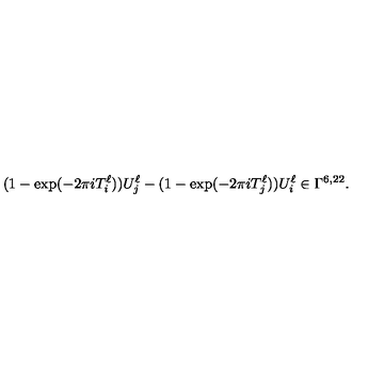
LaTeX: ( 1 - \exp ( - 2 \pi i T _ { i } ^ { \ell } ) ) U _ { j } ^ { \ell } - ( 1 - \exp ( - 2 \pi i T _ { j } ^ { \ell } ) ) U _ { i } ^ { \ell } \in \Gamma ^ { 6 , 2 2 } .